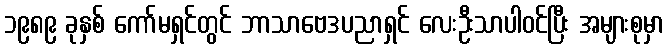
၁၉၈၉ ခုနှစ် ကော်မရှင်တွင် ဘာသာဗေဒပညာရှင် လေးဦးသာပါဝင်ပြီး အများစုမှာ